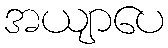
အယျာပေ